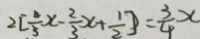
2 [ \frac { 4 } { 5 } x - \frac { 2 } { 3 } x + \frac { 1 } { 2 } ] = \frac { 3 } { 4 } x